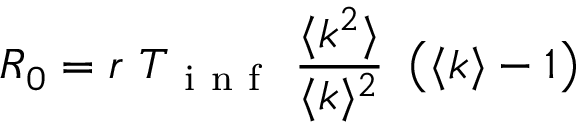
R _ { 0 } = r \ T _ { \mathrm { ~ i ~ n ~ f ~ } } \ \frac { \langle k ^ { 2 } \rangle } { \langle k \rangle ^ { 2 } } \ \left( \langle k \rangle - 1 \right)